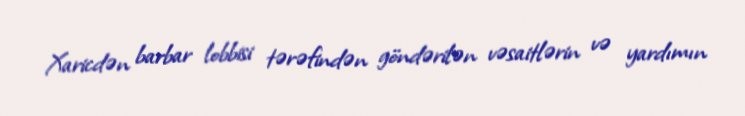
Xaricdən barbar lobbisi tərəfindən göndərilən vəsaitlərin və yardımın